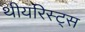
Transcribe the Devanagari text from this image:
थीयरिस्ट्स